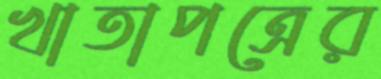
খাতাপত্রের